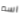
اسم